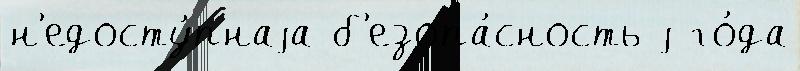
н'едосту́пнаjа б'езопа́сность j го́да